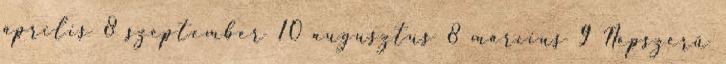
április 8 szeptember 10 augusztus 8 március 9 Népszerű